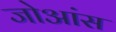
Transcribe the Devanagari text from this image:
जोआंस